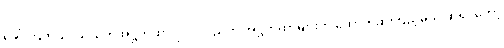
ခေါ်ကြတယ်၊ သံယုတ်အဋ္ဌကထာ ပုဂ္ဂလပညတ် အဋ္ဌကထာများကို ထောက်ဆကြည့်မယ် ဆိုရင်တော့